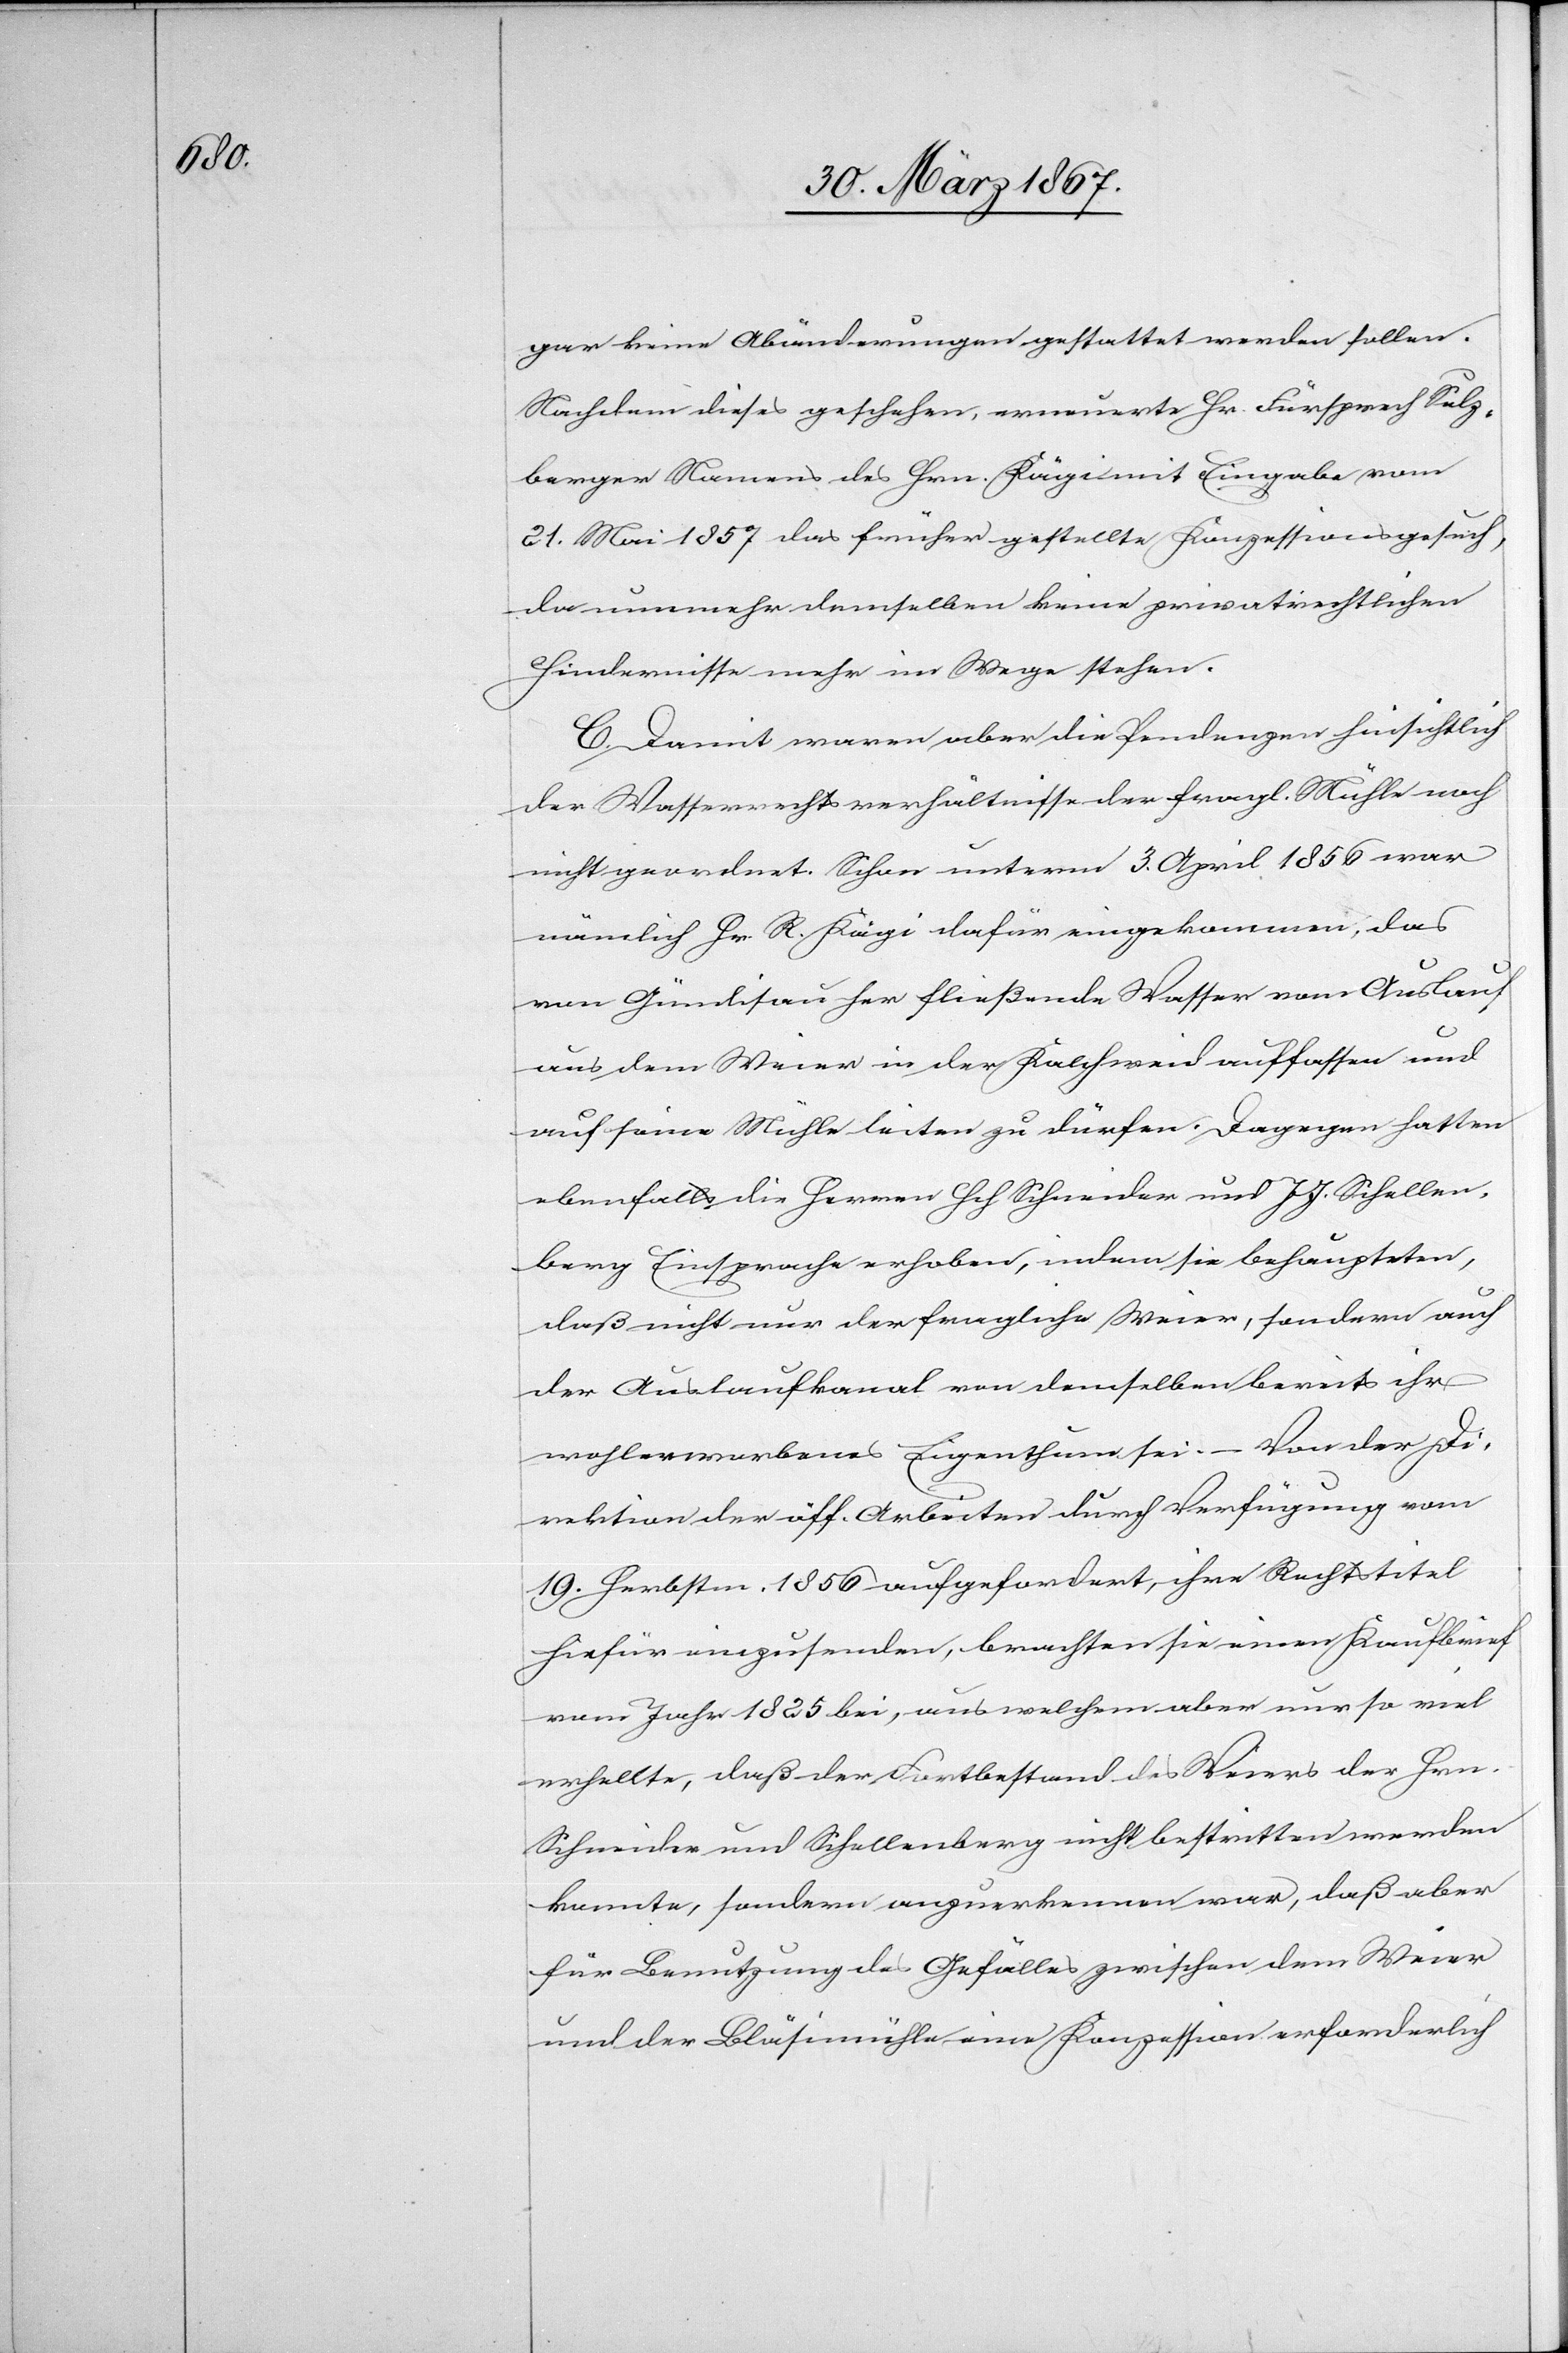
gar keine Abänderungen gestattet werden sollen.
Nachdem dieses geschehen, erneuerte Hr. Fürsprech Sulz¬
berger Namens des Hrn. Kägi mit Eingabe vom
21. Mai 1857 das früher gestellte Konzessionsgesuch,
da nunmehr demselben keine privatrechtlichen
Hindernisse mehr im Wege stehen.
C. Damit waren aber die Pendenzen hinsichtlich
der Wasserrechtsverhältnisse der fragl. Mühle noch
nicht geordnet. Schon unterm 3. April 1856 war
nämlich Hr. R. Kägi dafür eingekommen, das
von Gündisau her fließende Wasser vom Auslauf
aus dem Weier in der Kalchweid auffassen und
auf seine Mühle leiten zu dürfen. Dagegen hatten
ebenfalls die Herren Hch Schneider und J. J. Schellen¬
berg Einsprache erhoben, indem sie behaupteten,
daß nicht nur der fragliche Weier, sondern auch
der Auslaufkanal von demselben bereits ihr
wohlerworbenes Eigenthum sei. – Von der Di¬
rektion der öff. Arbeiten durch Verfügung vom
19. Herbstm. 1856 aufgefordert, ihre Rechtstitel
hiefür einzusenden, brachten sie einen Kaufbrief
vom Jahr 1825 bei, aus welchem aber nur so viel
erhellte, daß der Fortbestand des Weiers der Hrn.
Schneider und Schellenberg nicht bestritten werden
konnte, sondern anzuerkennen war, daß aber
für Benutzung des Gefälles zwischen dem Weier
und der Bläsimühle eine Konzession erforderlich